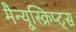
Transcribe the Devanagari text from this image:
मैन्यूस्क्रिप्ट्स